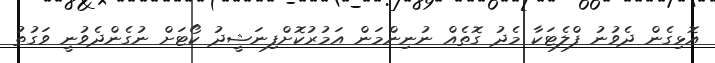
އޮޅިގެން ދެވުނު ފްލެޓަކާ މެދު ގޮތެއް ނުނިންމަން އަމުރުކޮށްފިނަޝީދު ކޯޓަށް ނުގެންދެވުނީ ވަގުތު